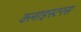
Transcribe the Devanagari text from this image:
क्लाइस्टरस